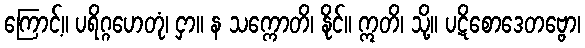
ကြောင့်။ ပရိဂ္ဂဟေတုံ၊ ငှာ။ န သက္ကောတိ၊ နိုင်။ ဣတိ၊ သို့။ ပဋိစောဒေတဗ္ဗော၊